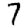
Digit: 7